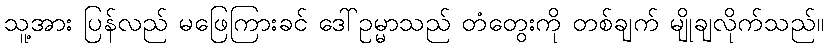
သူ့အား ပြန်လည် မဖြေကြားခင် ဒေါ်ဥမ္မာသည် တံတွေးကို တစ်ချက် မျိုချလိုက်သည်။